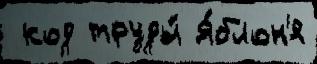
 код труды́ Я́блон'я